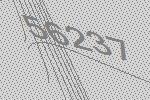
56237